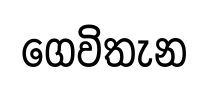
ගෙවිතැන